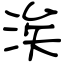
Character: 涘